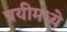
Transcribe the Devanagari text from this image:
त्रयीमध्ये